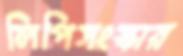
লিপিসংস্কার